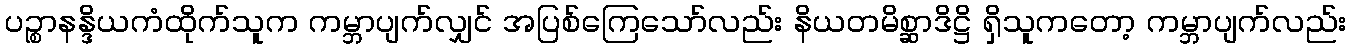
ပဉ္စာနန္ဒိယကံထိုက်သူက ကမ္ဘာပျက်လျှင် အပြစ်ကြေသော်လည်း နိယတမိစ္ဆာဒိဋ္ဌိ ရှိသူကတော့ ကမ္ဘာပျက်လည်း